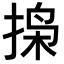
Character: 𫽐